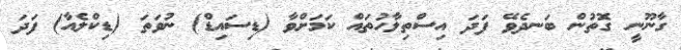
ގާނޫނީ ގޮތުން ބަނދެވޭ ފަދަ އިސްތިލާހުތައް ކަމަށްވާ (ޑިސައިޑް) ނުވަތަ (ޑިކްލެއާ) ފަދަ